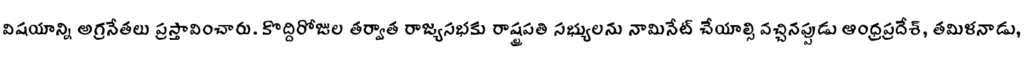
విషయాన్ని అగ్రనేతలు ప్రస్తావించారు. కొద్దిరోజుల తర్వాత రాజ్యసభకు రాష్ట్రపతి సభ్యులను నామినేట్ చేయాల్సి వచ్చినప్పుడు ఆంధ్రప్రదేశ్, తమిళనాడు,